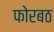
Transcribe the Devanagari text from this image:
फोरबठ